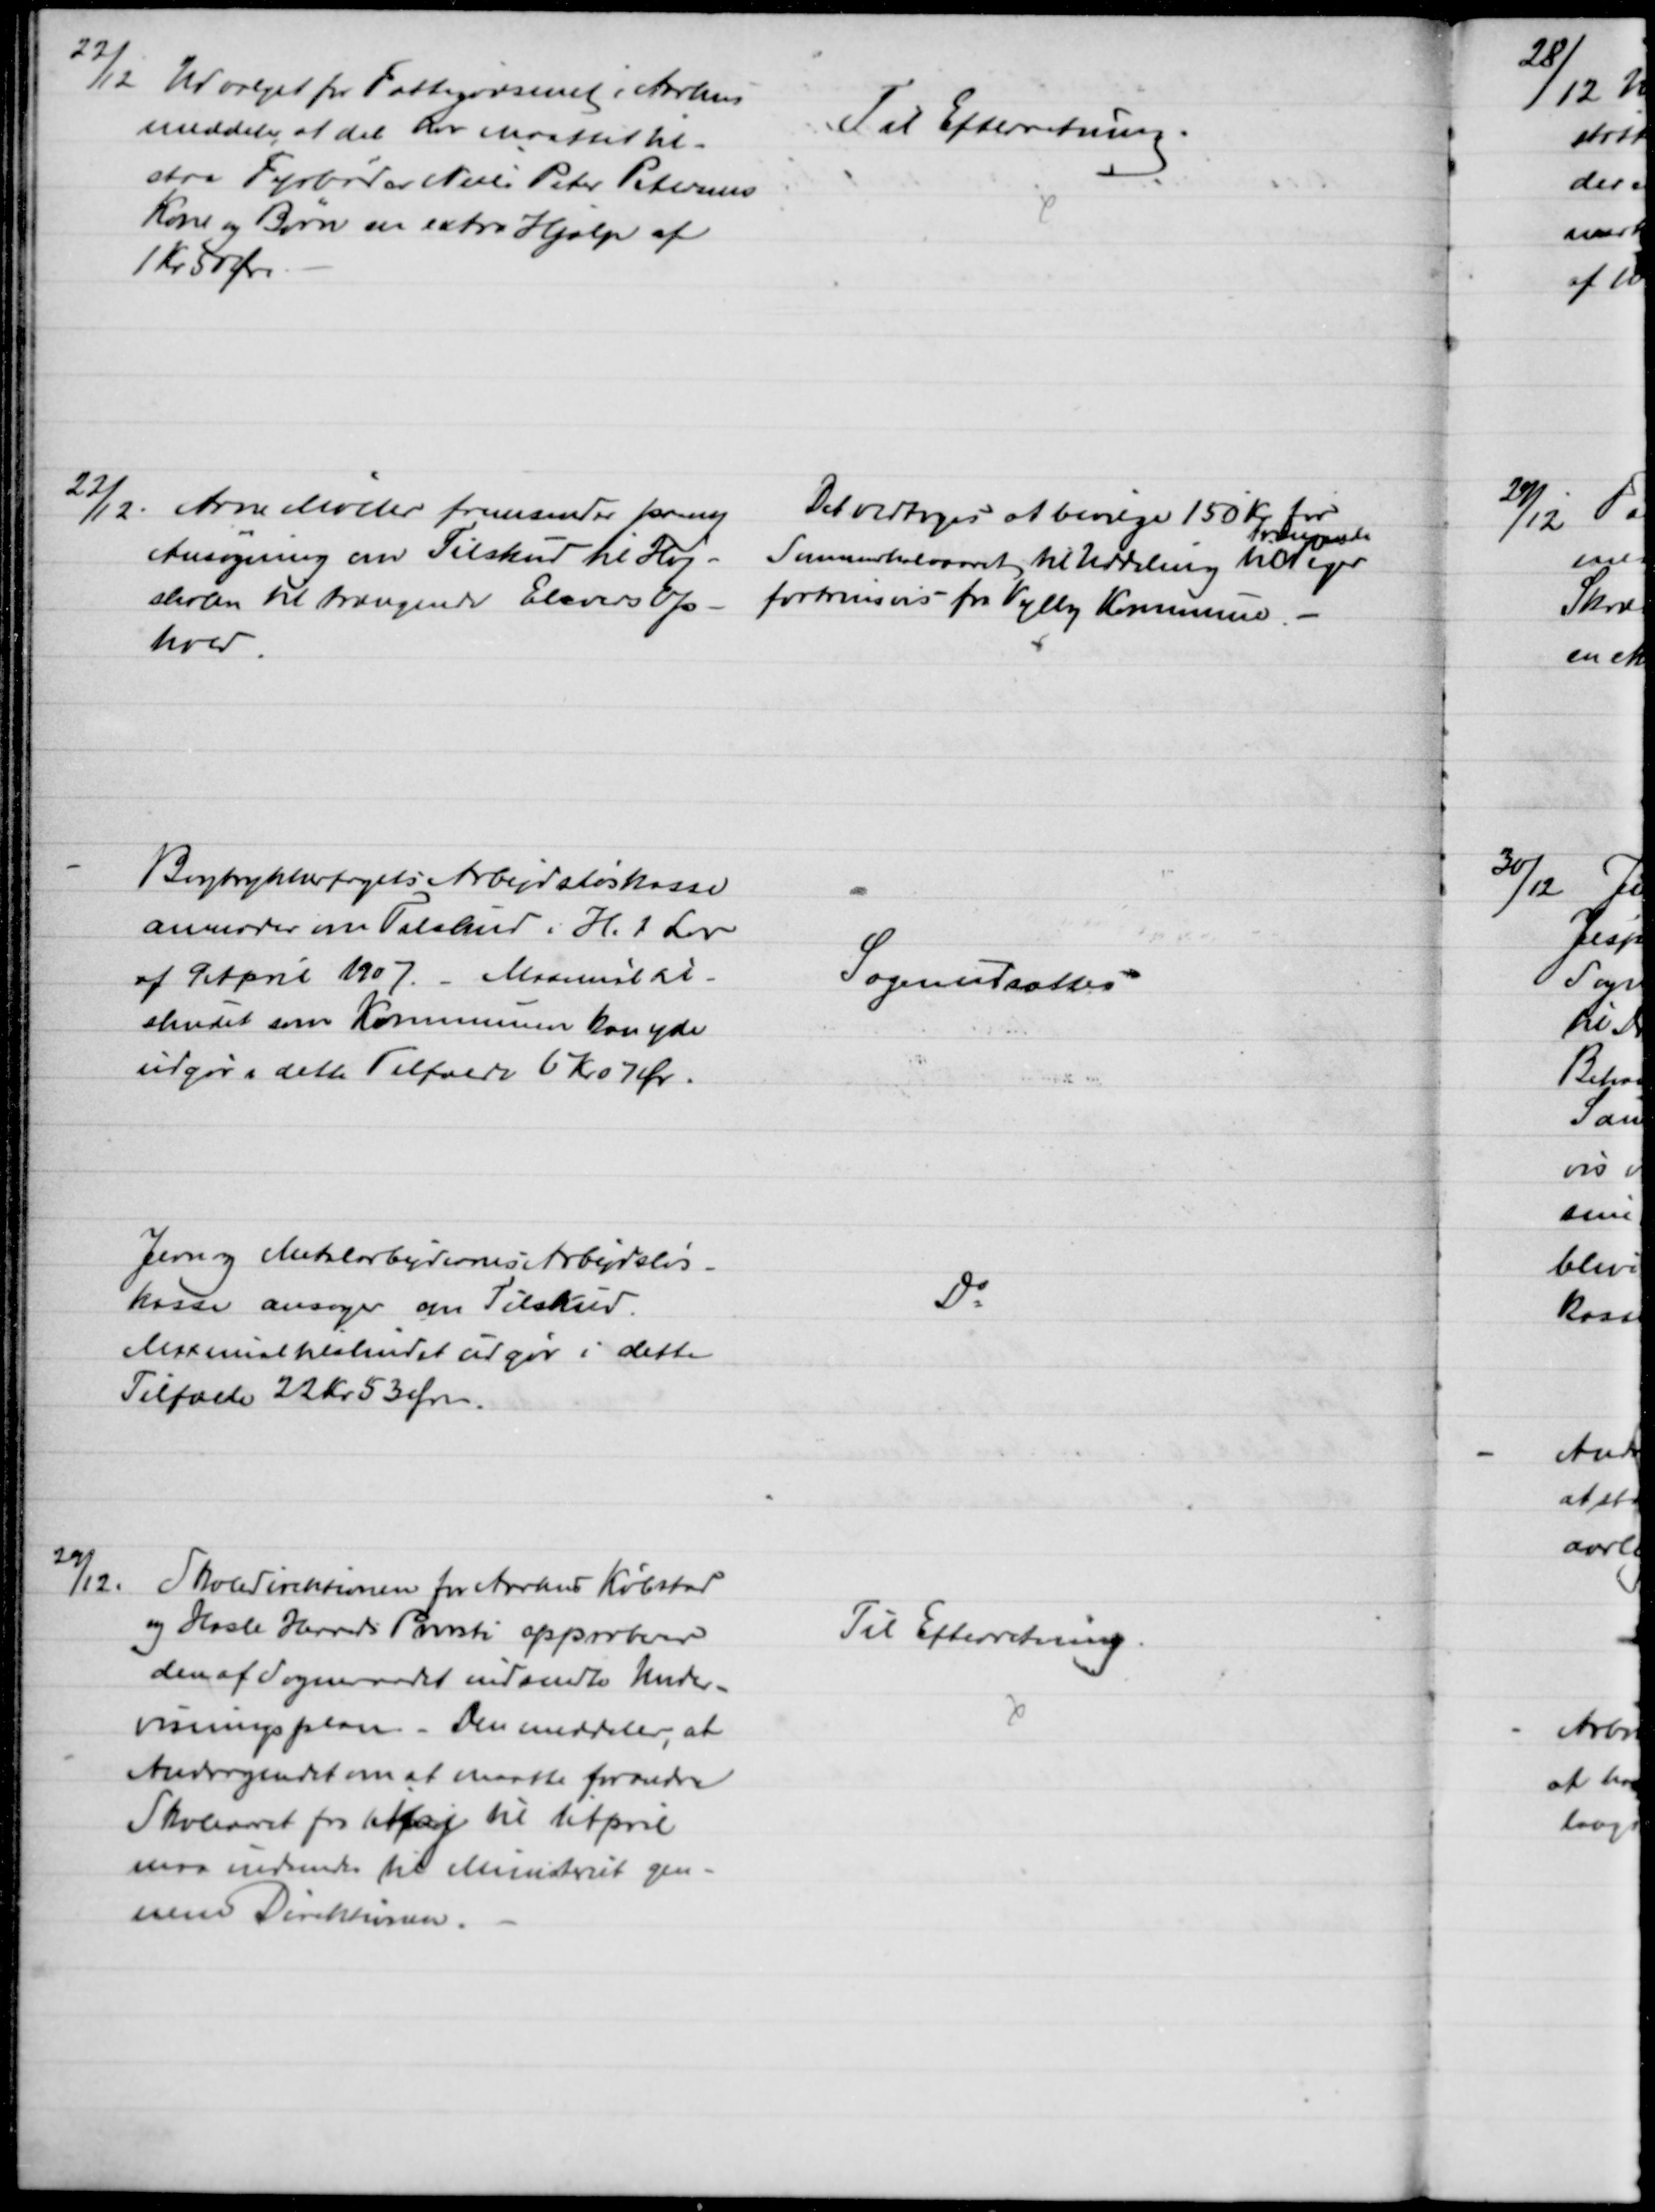
Transskription:
22/12
Udvalget for Fattigvæsenet i Aarhus
meddeler, at det her maattet til-
staa Fyrbøder Niels Peter Petersens
Kone og Børn en extra Hjælp af
1 Kr 50 Øre
Til Efterretning.
22/12
Arne Møller fremsender paany
Ansøgning om Tilskud til Høj-
skolen til trængende Elevers op
hold
Det vedtoges at bevilge 150 Kr. for 
Sommerhalvaaret til Uddeling til
Trængende
Piger
fortrinses fra Vejlby Kommune. 
Bogtrykkerfagets Arbejdsløskasse
anmoder om Tilskud i H. t. Lov
af 9 April 1907. Maximaltil-
skudet som Kommunen kan yde
udgør i dette Tilfælde 6 Kr 07 Ør.
Sagen udsattes
Jern og Metalarbejdernes Arbejdsløs-
kasse ansøger om Tilskud.
Maximaltilskudet udgør i dette 
Tilfælde 22 Kr 53 Øre.
Do
29/12.
Skoledirektionen for Aarhus Købstad
og Hasle Herreds Provsti approberer
den af Sogneraadet indsendte Under-
visningsplan. Den meddeler, at
Andragendet om at maatte forandre
Skoleaaret fra Maj til April
maa indsendes til Ministeriet gen-
nem Direktionen.
Til Efterretning.